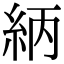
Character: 䋑